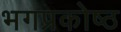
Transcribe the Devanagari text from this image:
भगप्रकोष्ठ